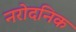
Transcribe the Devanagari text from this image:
नरोदनिक